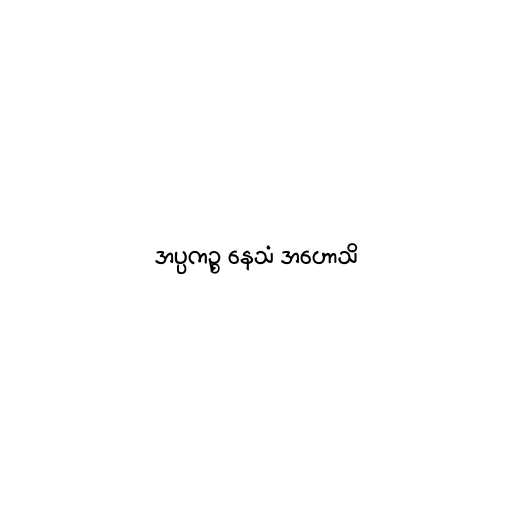
အပ္ပကဉ္စ နေသံ အဟောသိ